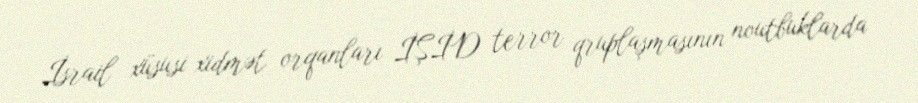
İsrail xüsusi xidmət orqanları İŞİD terror qruplaşmasının noutbuklarda